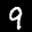
Label: 9